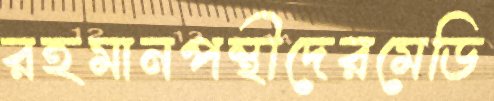
রহমানপন্থীদেরমেডি